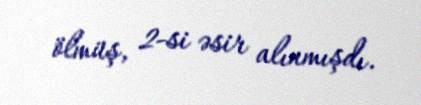
ölmüş, 2-si əsir alınmışdı.